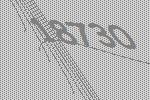
18730